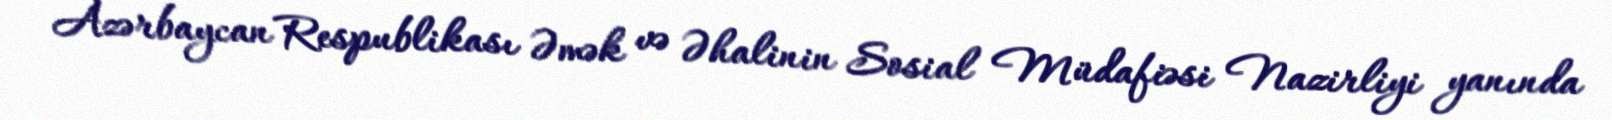
Azərbaycan Respublikası Əmək və Əhalinin Sosial Müdafiəsi Nazirliyi yanında